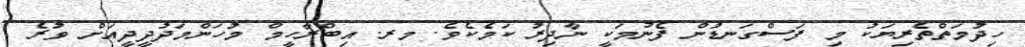
ހިދުމަތްތެރިޔަކު މި ފަސްގަނޑުން ފެނުމަކީ ނާދިރު ކަމެކެވެ. މރ. އިބްރާހީމް މުހަންމަދުދީދީއަށް ވުރެ